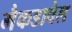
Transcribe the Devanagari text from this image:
मैकडावेल